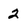
Character: 2